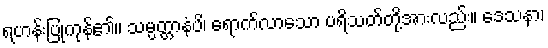
ရဟန်းပြုကုန်၏။ သမ္ပတ္တာနံပိ၊ ရောက်လာသော ပရိသတ်တို့အားလည်း။ ဒေသနာ၊